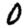
Digit: 0